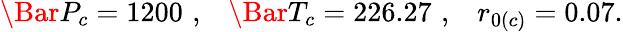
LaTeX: \Bar{P}_{c}=1200\, \, ,\, \, \, \, \, \Bar{T}_{c}=226.27\, \, ,\, \, \, \, \, r_{0(c)}=0.07.